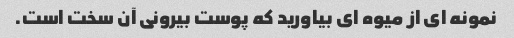
نمونه ای از میوه ای بیاورید که پوست بیرونی آن سخت است.